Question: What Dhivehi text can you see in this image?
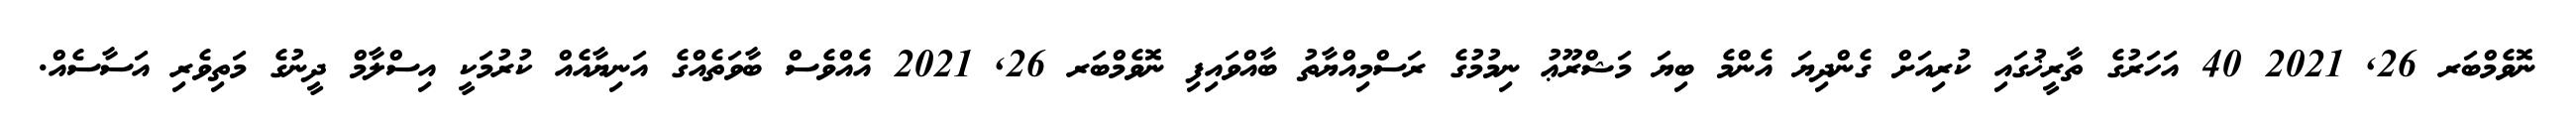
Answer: ނޮވެމްބަރ 26, 2021 40 އަހަރުގެ ތާރީޚުގައި ކުރިއަށް ގެންދިޔަ އެންމެ ބިޔަ މަޝްރޫޢު ނިމުމުގެ ރަސްމިއްޔާތު ބާއްވައިފި ނޮވެމްބަރ 26, 2021 އެއްވެސް ބާވަތެއްގެ އަނިޔާއެއް ކުރުމަކީ އިސްލާމް ދީނުގެ މަތިވެރި އަސާސެއް.